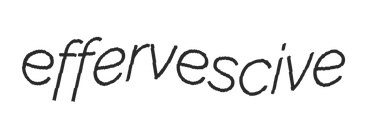
effervescive